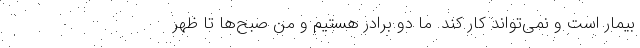
بیمار است و نمی‌تواند کار کند. ما دو برادر هستیم و من صبح‌ها تا ظهر